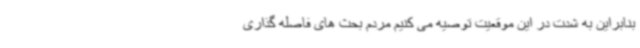
بنابراین به شدت در این موقعیت توصیه می کنیم مردم بحث های فاصله گذاری